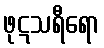
ဖုဋသရီရော